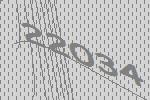
22034